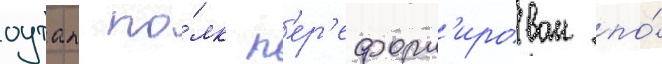
оутап по́лк п'ер'еформ'ирован по́